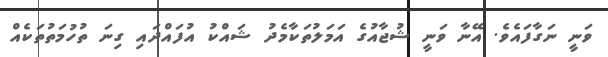
ވަނީ ނަގާފައެވެ. އޭނާ ވަނީ ޝުޖާއުގެ އަމަލުތަކާމެދު ޝައްކު އުފައްދައި ގިނަ ތުހުމަތުތަކެއް